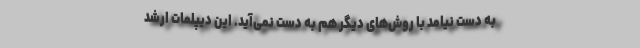
به دست نیامد با روش‌های دیگر هم به دست نمی‌آید. این دیپلمات ارشد